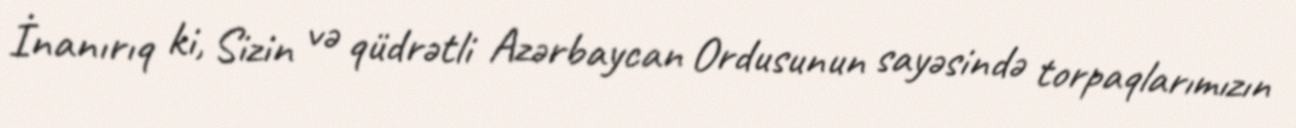
İnanırıq ki, Sizin və qüdrətli Azərbaycan Ordusunun sayəsində torpaqlarımızın